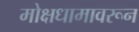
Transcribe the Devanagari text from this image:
मोक्षधामावरून